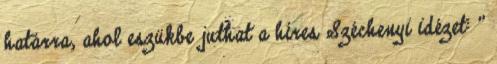
határra, ahol eszükbe juthat a híres Széchenyi idézet: "